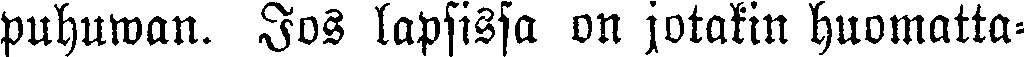
puhuwan. Jos lapsissa on jotakin huomatta-